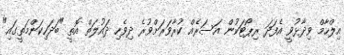
އިލްހާމް ވިދާޅުވީ އެފަދަ ރިޕޯޓަކުން އަސަރެއް ކުރާވަރަށްވުރެ ދިވެހި ދަައުލަތް އޮތީ "ބަދަހިކަންމަތީގައި"